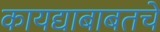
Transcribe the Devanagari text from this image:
कायद्याबाबतचे